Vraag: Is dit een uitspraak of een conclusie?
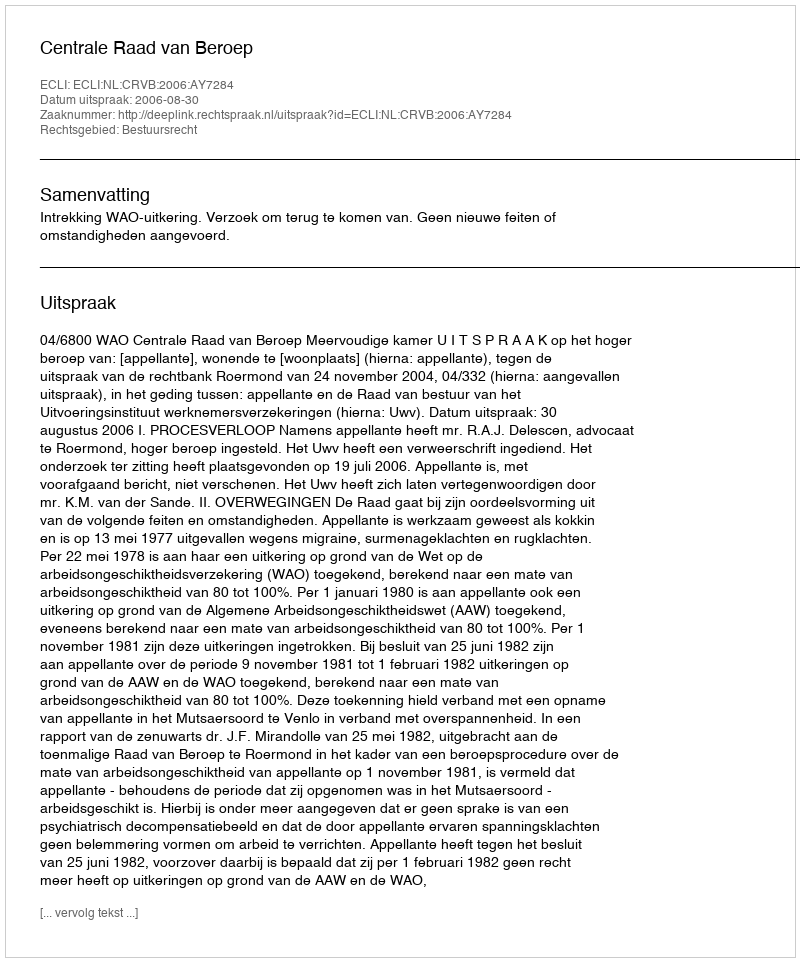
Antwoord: Uitspraak